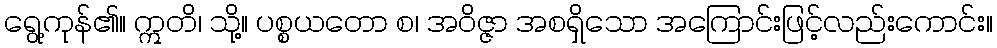
ရွေ့ကုန်၏။ ဣတိ၊ သို့။ ပစ္စယတော စ၊ အဝိဇ္ဇာ အစရှိသော အကြောင်းဖြင့်လည်းကောင်း။